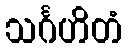
သင်္ဂဟိတံ